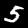
Digit: 5